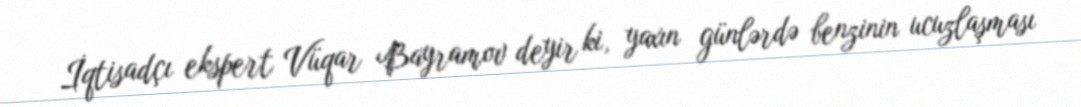
İqtisadçı ekspert Vüqar Bayramov deyir ki, yaxın günlərdə benzinin ucuzlaşması